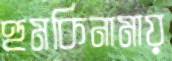
হুমকিনামায়